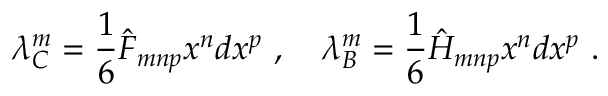
\lambda _ { C } ^ { m } = \frac { 1 } { 6 } \hat { F } _ { m n p } x ^ { n } d x ^ { p } \ , \quad \lambda _ { B } ^ { m } = \frac { 1 } { 6 } \hat { H } _ { m n p } x ^ { n } d x ^ { p } \ .